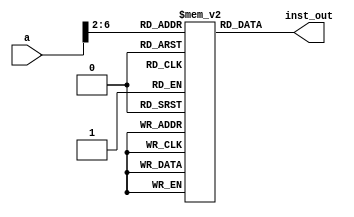
module sc_inst_mem(
    input [31:0] a,
    output [31:0] inst_out    
    );

    reg [31:0] inst_mem [0:31];
    
    initial begin 
        // instruction // (pc) label instruction
        inst_mem[5'h00] = 32'h3c010000; // (00) main: lui $1, 0
        inst_mem[5'h01] = 32'h34240050; // (04) ori $4, $1, 80
        inst_mem[5'h02] = 32'h20050004; // (08) addi $5, $0, 4
        inst_mem[5'h03] = 32'h0c000018; // (0c) call: jal sum
        inst_mem[5'h04] = 32'hac820000; // (10) sw $2, 0($4)
        inst_mem[5'h05] = 32'h8c890000; // (14) lw $9, 0($4)
        inst_mem[5'h06] = 32'h01244022; // (18) sub $8, $9, $4
        inst_mem[5'h07] = 32'h20050003; // (1c) addi $5, $0, 3
        inst_mem[5'h08] = 32'h20a5ffff; // (20) loop2: addi $5, $5, -1
        inst_mem[5'h09] = 32'h34a8ffff; // (24) ori $8, $5, 0xffff
        inst_mem[5'h0A] = 32'h39085555; // (28) xori $8, $8, 0x5555
        inst_mem[5'h0B] = 32'h2009ffff; // (2c) addi $9, $0, -1
        inst_mem[5'h0C] = 32'h312affff; // (30) andi $10,$9, 0xffff
        inst_mem[5'h0D] = 32'h01493025; // (34) or $6, $10, $9
        inst_mem[5'h0E] = 32'h01494026; // (38) xor $8, $10, $9
        inst_mem[5'h0F] = 32'h01463824; // (3c) and $7, $10, $6
        inst_mem[5'h10] = 32'h10a00001; // (40) beq $5, $0, shift
        inst_mem[5'h11] = 32'h08000008; // (44) j loop2
        inst_mem[5'h12] = 32'h2005ffff; // (48) shift: addi $5, $0, -1
        inst_mem[5'h13] = 32'h000543c0; // (4c) sll $8, $5, 15
        inst_mem[5'h14] = 32'h00084400; // (50) sll $8, $8, 16
        inst_mem[5'h15] = 32'h00084403; // (54) sra $8, $8, 16
        inst_mem[5'h16] = 32'h000843c2; // (58) srl $8, $8, 15
        inst_mem[5'h17] = 32'h08000017; // (5c) finish: j finish
        inst_mem[5'h18] = 32'h00004020; // (60) sum: add $8, $0, $0
        inst_mem[5'h19] = 32'h8c890000; // (64) loop: lw $9, 0($4)
        inst_mem[5'h1A] = 32'h20840004; // (68) addi $4, $4, 4
        inst_mem[5'h1B] = 32'h01094020; // (6c) add $8, $8, $9
        inst_mem[5'h1C] = 32'h20a5ffff; // inst_mem[5'h00] = (70) addi $5, $5, -1
        inst_mem[5'h1D] = 32'h14a0fffb; // (74) bne $5, $0, loop
        inst_mem[5'h1E] = 32'h00081000; // (78) sll $2, $8, 0
        inst_mem[5'h1F] = 32'h03e00008; // (7c) jr $31
    end
    
    assign inst_out = inst_mem[a[6:2]];

endmodule